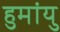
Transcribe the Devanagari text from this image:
हुमांयु